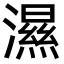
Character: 濕